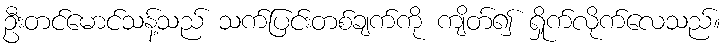
ဦးတင်မောင်သန့်သည် သက်ပြင်းတစ်ချက်ကို ကျိတ်၍ ရှိုက်လိုက်လေသည်။